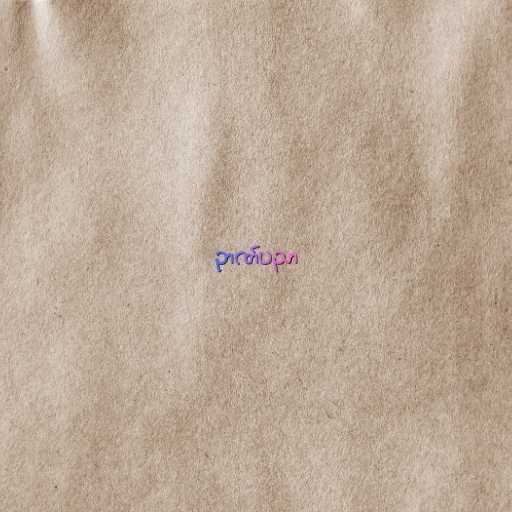
ဉာဏ်ပညာ